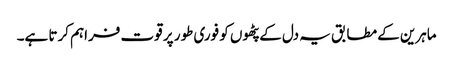
ماہرین کے مطابق یہ دل کے پٹھوں کو فوری طور پر قوت فراہم کرتا ہے۔